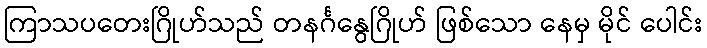
ကြာသပတေးဂြိုဟ်သည် တနင်္ဂနွေဂြိုဟ် ဖြစ်သော နေမှ မိုင် ပေါင်း